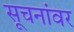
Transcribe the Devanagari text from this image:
सूचनांवर